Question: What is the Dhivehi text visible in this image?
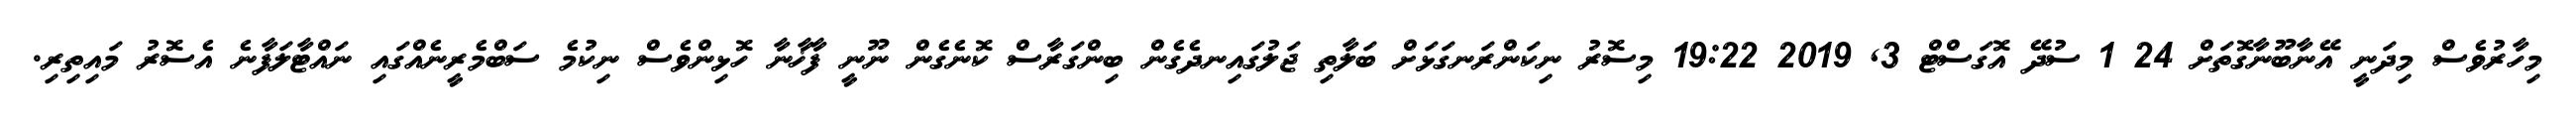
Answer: މިހާރުވެސް މިދަނީ އޭނާބޫނާގޮތަށް 24 1 ސުދޭ އޮގަސްޓް 3, 2019 19:22 މިސޮރު ނިކަންރަނގަޅަށް ބަލާތި ޖަލުގައިނދެގެން ބިންގަރާސް ކޮނެގެން ނޫނީ ފާޚާނާ ހޮޅިންވެސް ނިކުމެ ސަބްމެރީނެއްގައި ނައްޓާލަފާނެ އެސޮރު މައިތިރި.